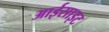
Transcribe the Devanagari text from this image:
आईसाइट